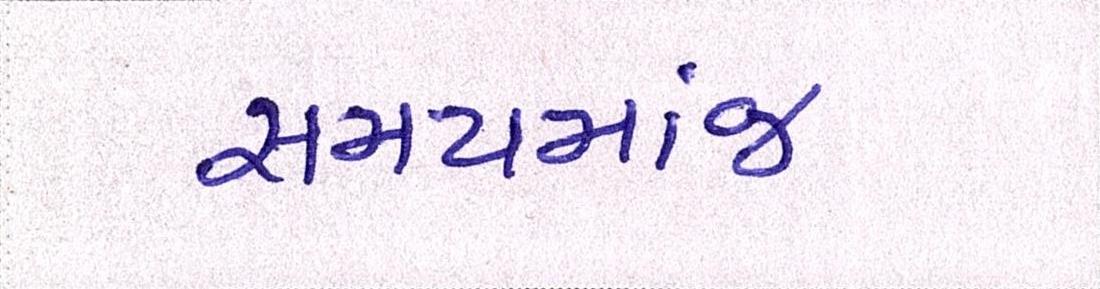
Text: સમયમાંજ